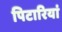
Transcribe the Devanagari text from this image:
पिटारियां